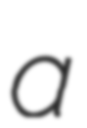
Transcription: a